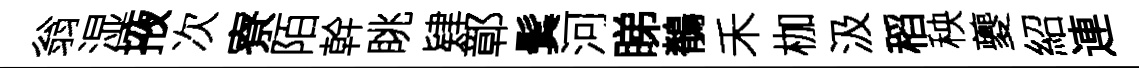
翁湿掖次寮陌幹眺肄鄣鬂河睇鶺禾枷汲稻秧夔紹連